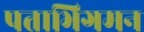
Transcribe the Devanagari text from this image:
पताभिगमन